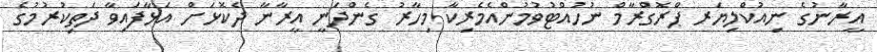
އީރާނުގެ ނިއުކްލިޔަރ ޕްރޮގްރާމް ނުހުއްޓުވުމުންއެމެރިކާ މިހާރު ގެންދަނީ އީރާނާ ދެކޮޅަށް އަޅާފައިވާ ދަތިކުރުމުގެ